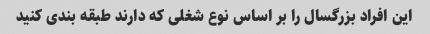
این افراد بزرگسال را بر اساس نوع شغلی که دارند طبقه بندی کنید